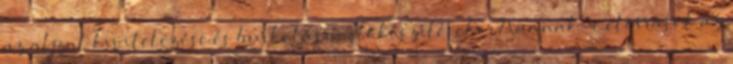
az aljzat kivitelezése és burkolásra előkészítésekor? Vannak-e előírások az